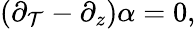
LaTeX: \left(\partial_{\mathcal{T}}-\partial_{z}\right)\alpha=0,